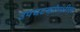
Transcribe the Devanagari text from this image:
उपघटकांमधील